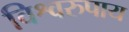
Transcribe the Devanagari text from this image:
विश्वरुपाय